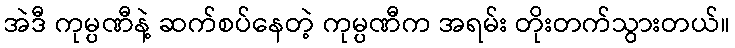
အဲဒီ ကုမ္ပဏီနဲ့ ဆက်စပ်နေတဲ့ ကုမ္ပဏီက အရမ်း တိုးတက်သွားတယ်။